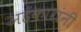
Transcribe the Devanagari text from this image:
अहंकारांनी